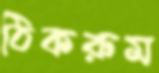
ঠিকরুম